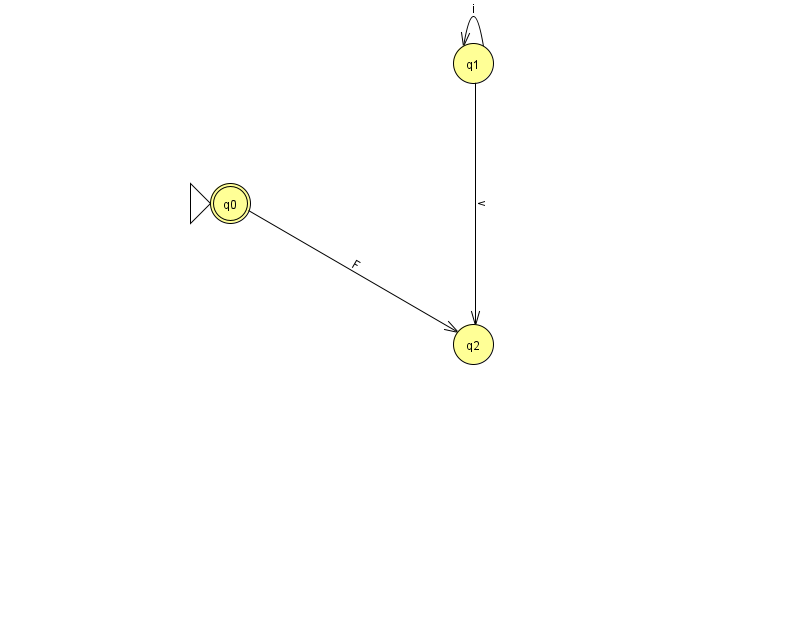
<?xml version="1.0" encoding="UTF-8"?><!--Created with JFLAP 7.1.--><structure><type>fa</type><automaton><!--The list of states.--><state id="0" name="q0"><x>230.0</x><y>190.0</y><initial/><final/></state><state id="1" name="q1"><x>473.0</x><y>50.0</y></state><state id="2" name="q2"><x>473.0</x><y>331.0</y></state><!--The list of transitions.--><transition><from>1</from><to>1</to><read>i</read></transition><transition><from>1</from><to>2</to><read>v</read></transition><transition><from>0</from><to>2</to><read>F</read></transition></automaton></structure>